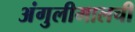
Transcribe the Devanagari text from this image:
अंगुलीमालची